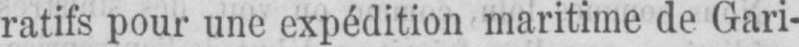
ratifs pour une expédition maritime de Gari-